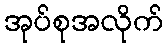
အုပ်စုအလိုက်